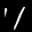
Label: 1